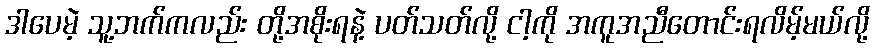
ဒါပေမဲ့ သူ့ဘက်ကလည်း တို့အစိုးရနဲ့ ပတ်သတ်လို့ ငါ့ကို အကူအညီတောင်းရလိမ့်မယ်လို့